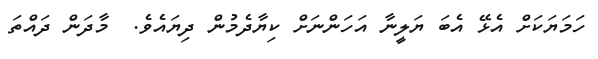
ހަމަޔަކަށް އެޅޭ އެބަ ޔަލީނާ އަހަންނަށް ކިޔާދެމުން ދިޔައެވެ.  މާދަން ދައްތަ